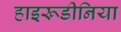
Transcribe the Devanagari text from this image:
हाइरूडीनिया